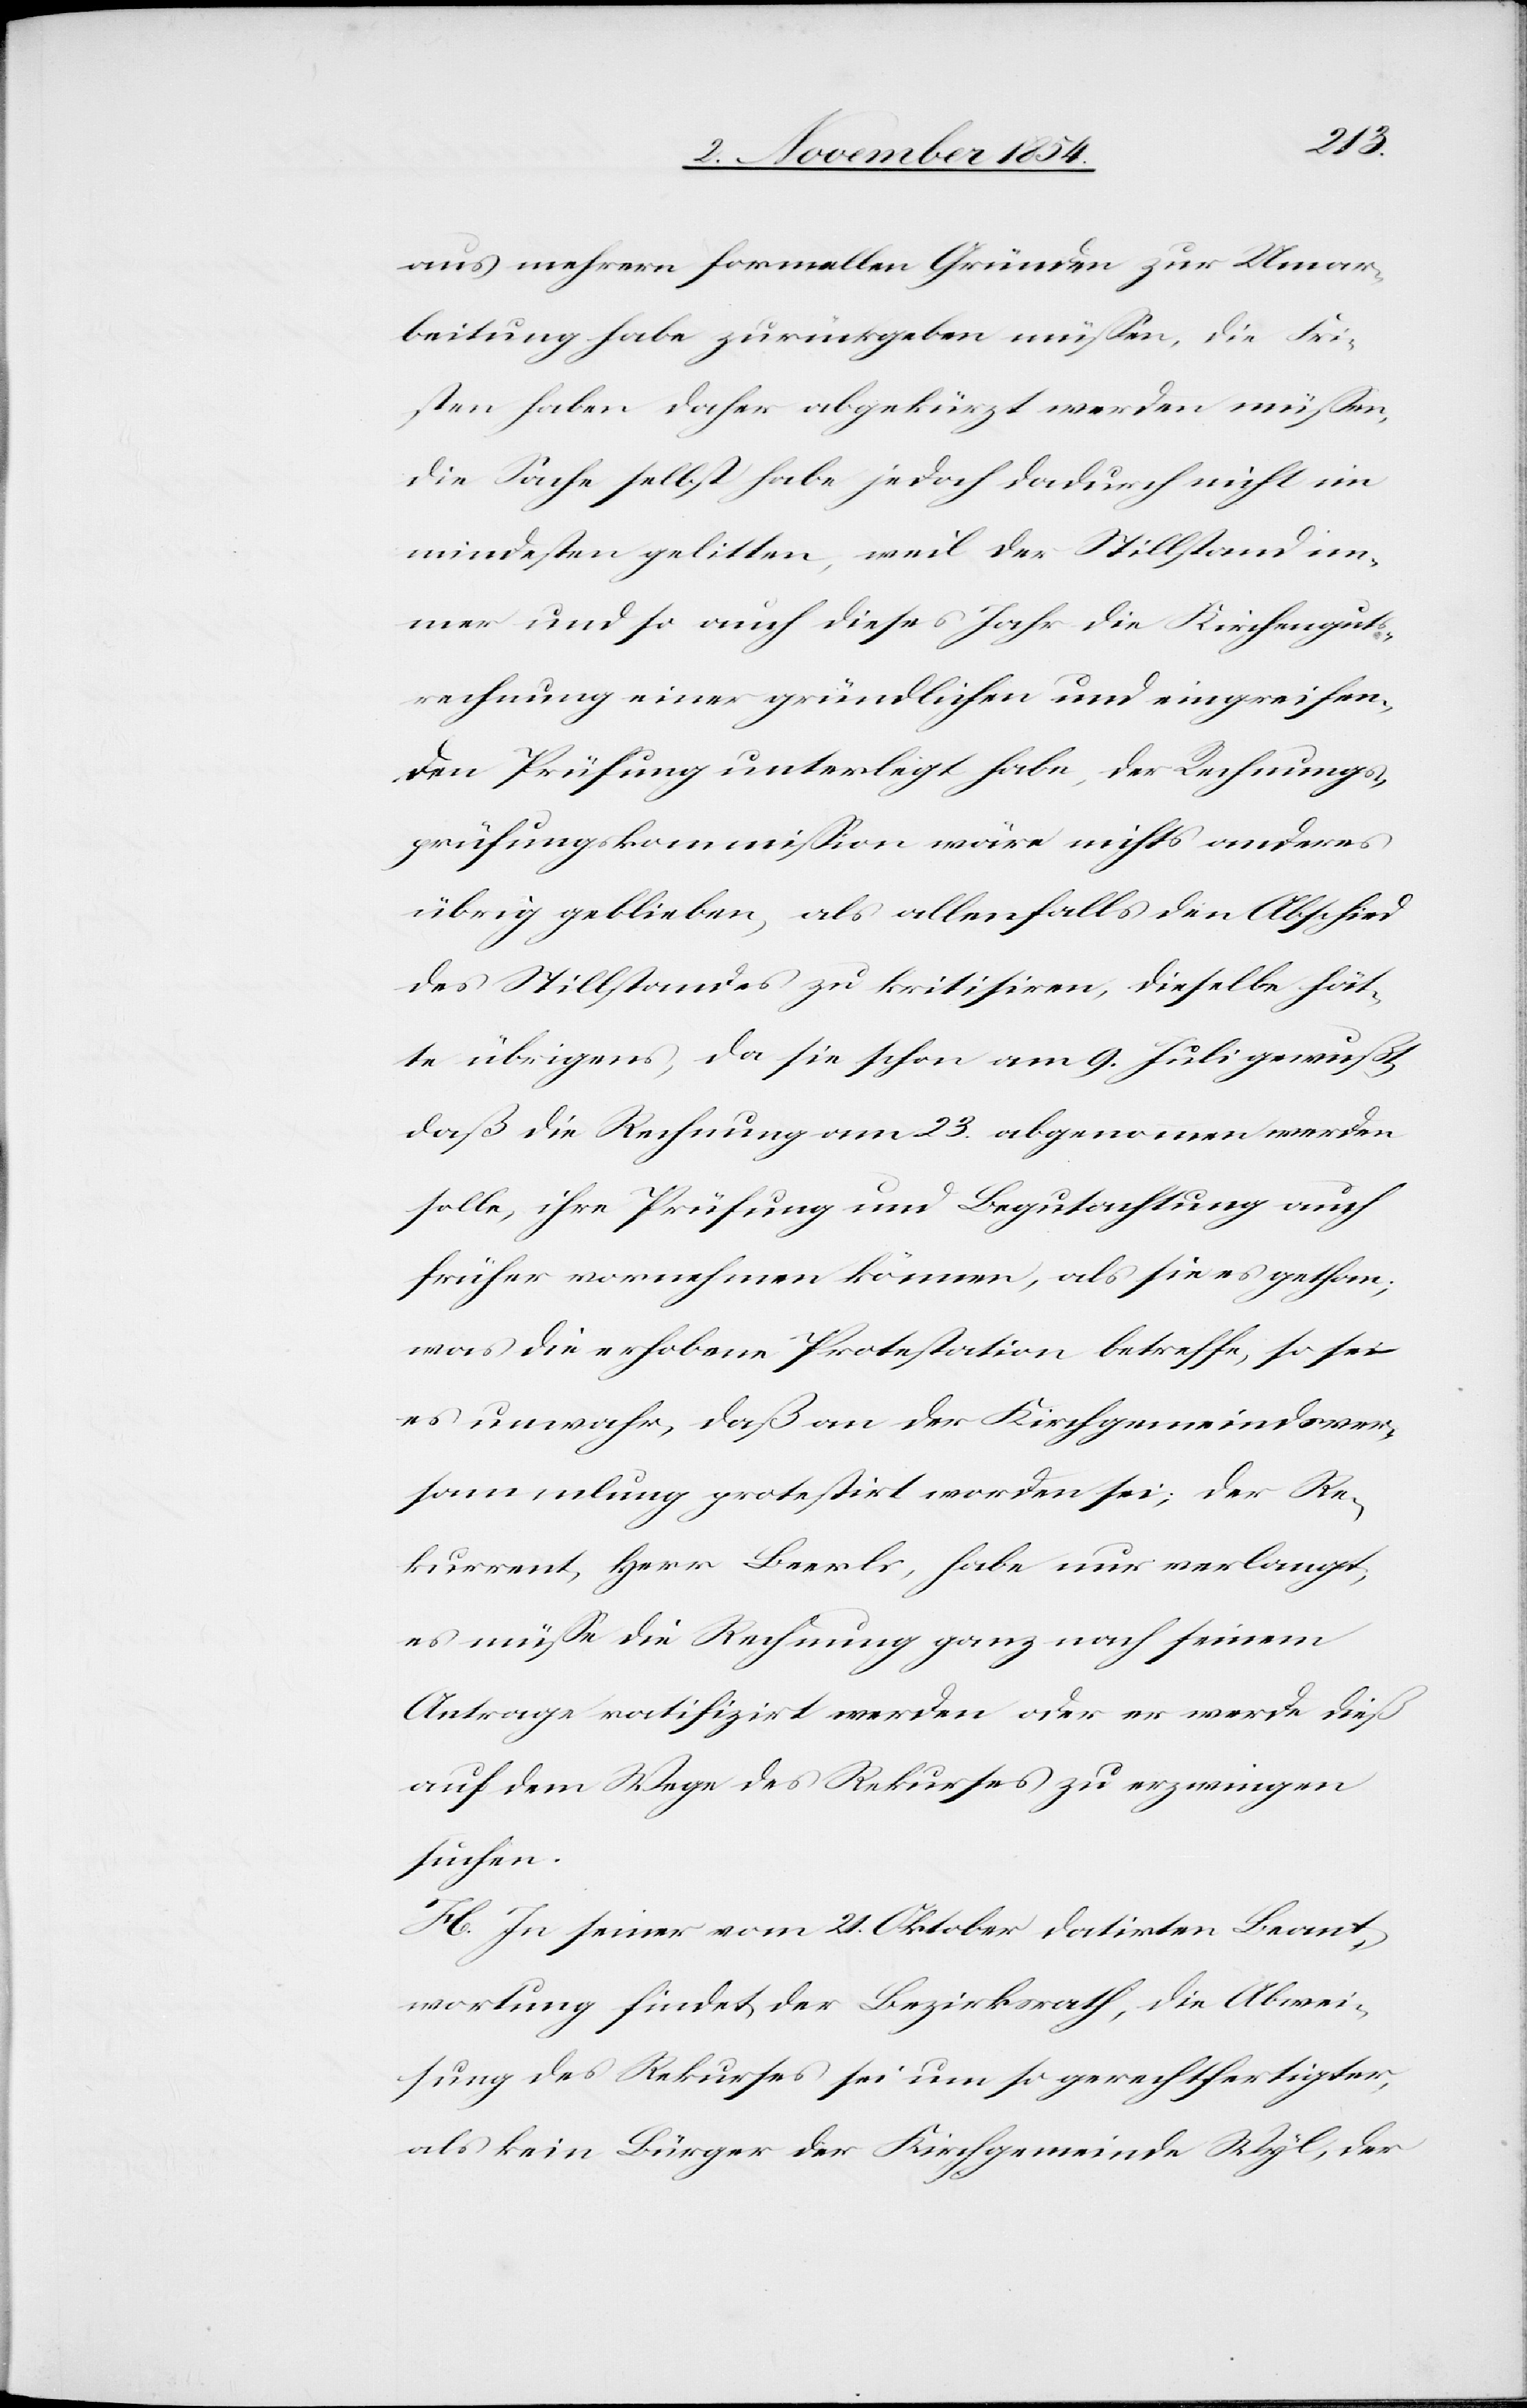
aus mehrern formellen Gründen zur Umar¬
beitung habe zurückgeben müßen, die Fri¬
sten haben daher abgekürzt werden müßen,
die Sache selbst habe jedoch dadurch nicht im
mindesten gelitten, weil der Stillstand im¬
mer und so auch dieses Jahr die Kirchenguts¬
rechnung einer gründlichen und eingreifen¬
den Prüfung unterlegt habe, der Rechnungs¬
prüfungskommision wäre nichts anderes
übrig geblieben, als allenfalls den Abschied
des Stillstandes zu kritisiren, dieselbe hät¬
te übrigens, da sie schon am 9. Juli gewußt,
daß die Rechnung am 23. abgenommen werden
solle, ihre Prüfung und Begutachtung auch
früher vornehmen könne, als sie es gethan;
was die erhobene Protestation betreffe, so sei
es unwahr, daß an der Kirchgemeindsver¬
sammlung protestirt worden sei; der Re¬
kurrent, Herr Beerli, habe nur verlangt,
es müße die Rechnung ganz nach seinem
Antrage ratifizirt werden oder er werde dieß
auf dem Wege des Rekurses zu erzwingen
suchen.
H. In seiner vom 21. Oktober datirten Beant¬
wortung findet der Bezirksrath, die Abwei¬
sung des Rekurses sei um so gerechtfertigter,
als kein Bürger der Kirchgemeinde Wyl, der